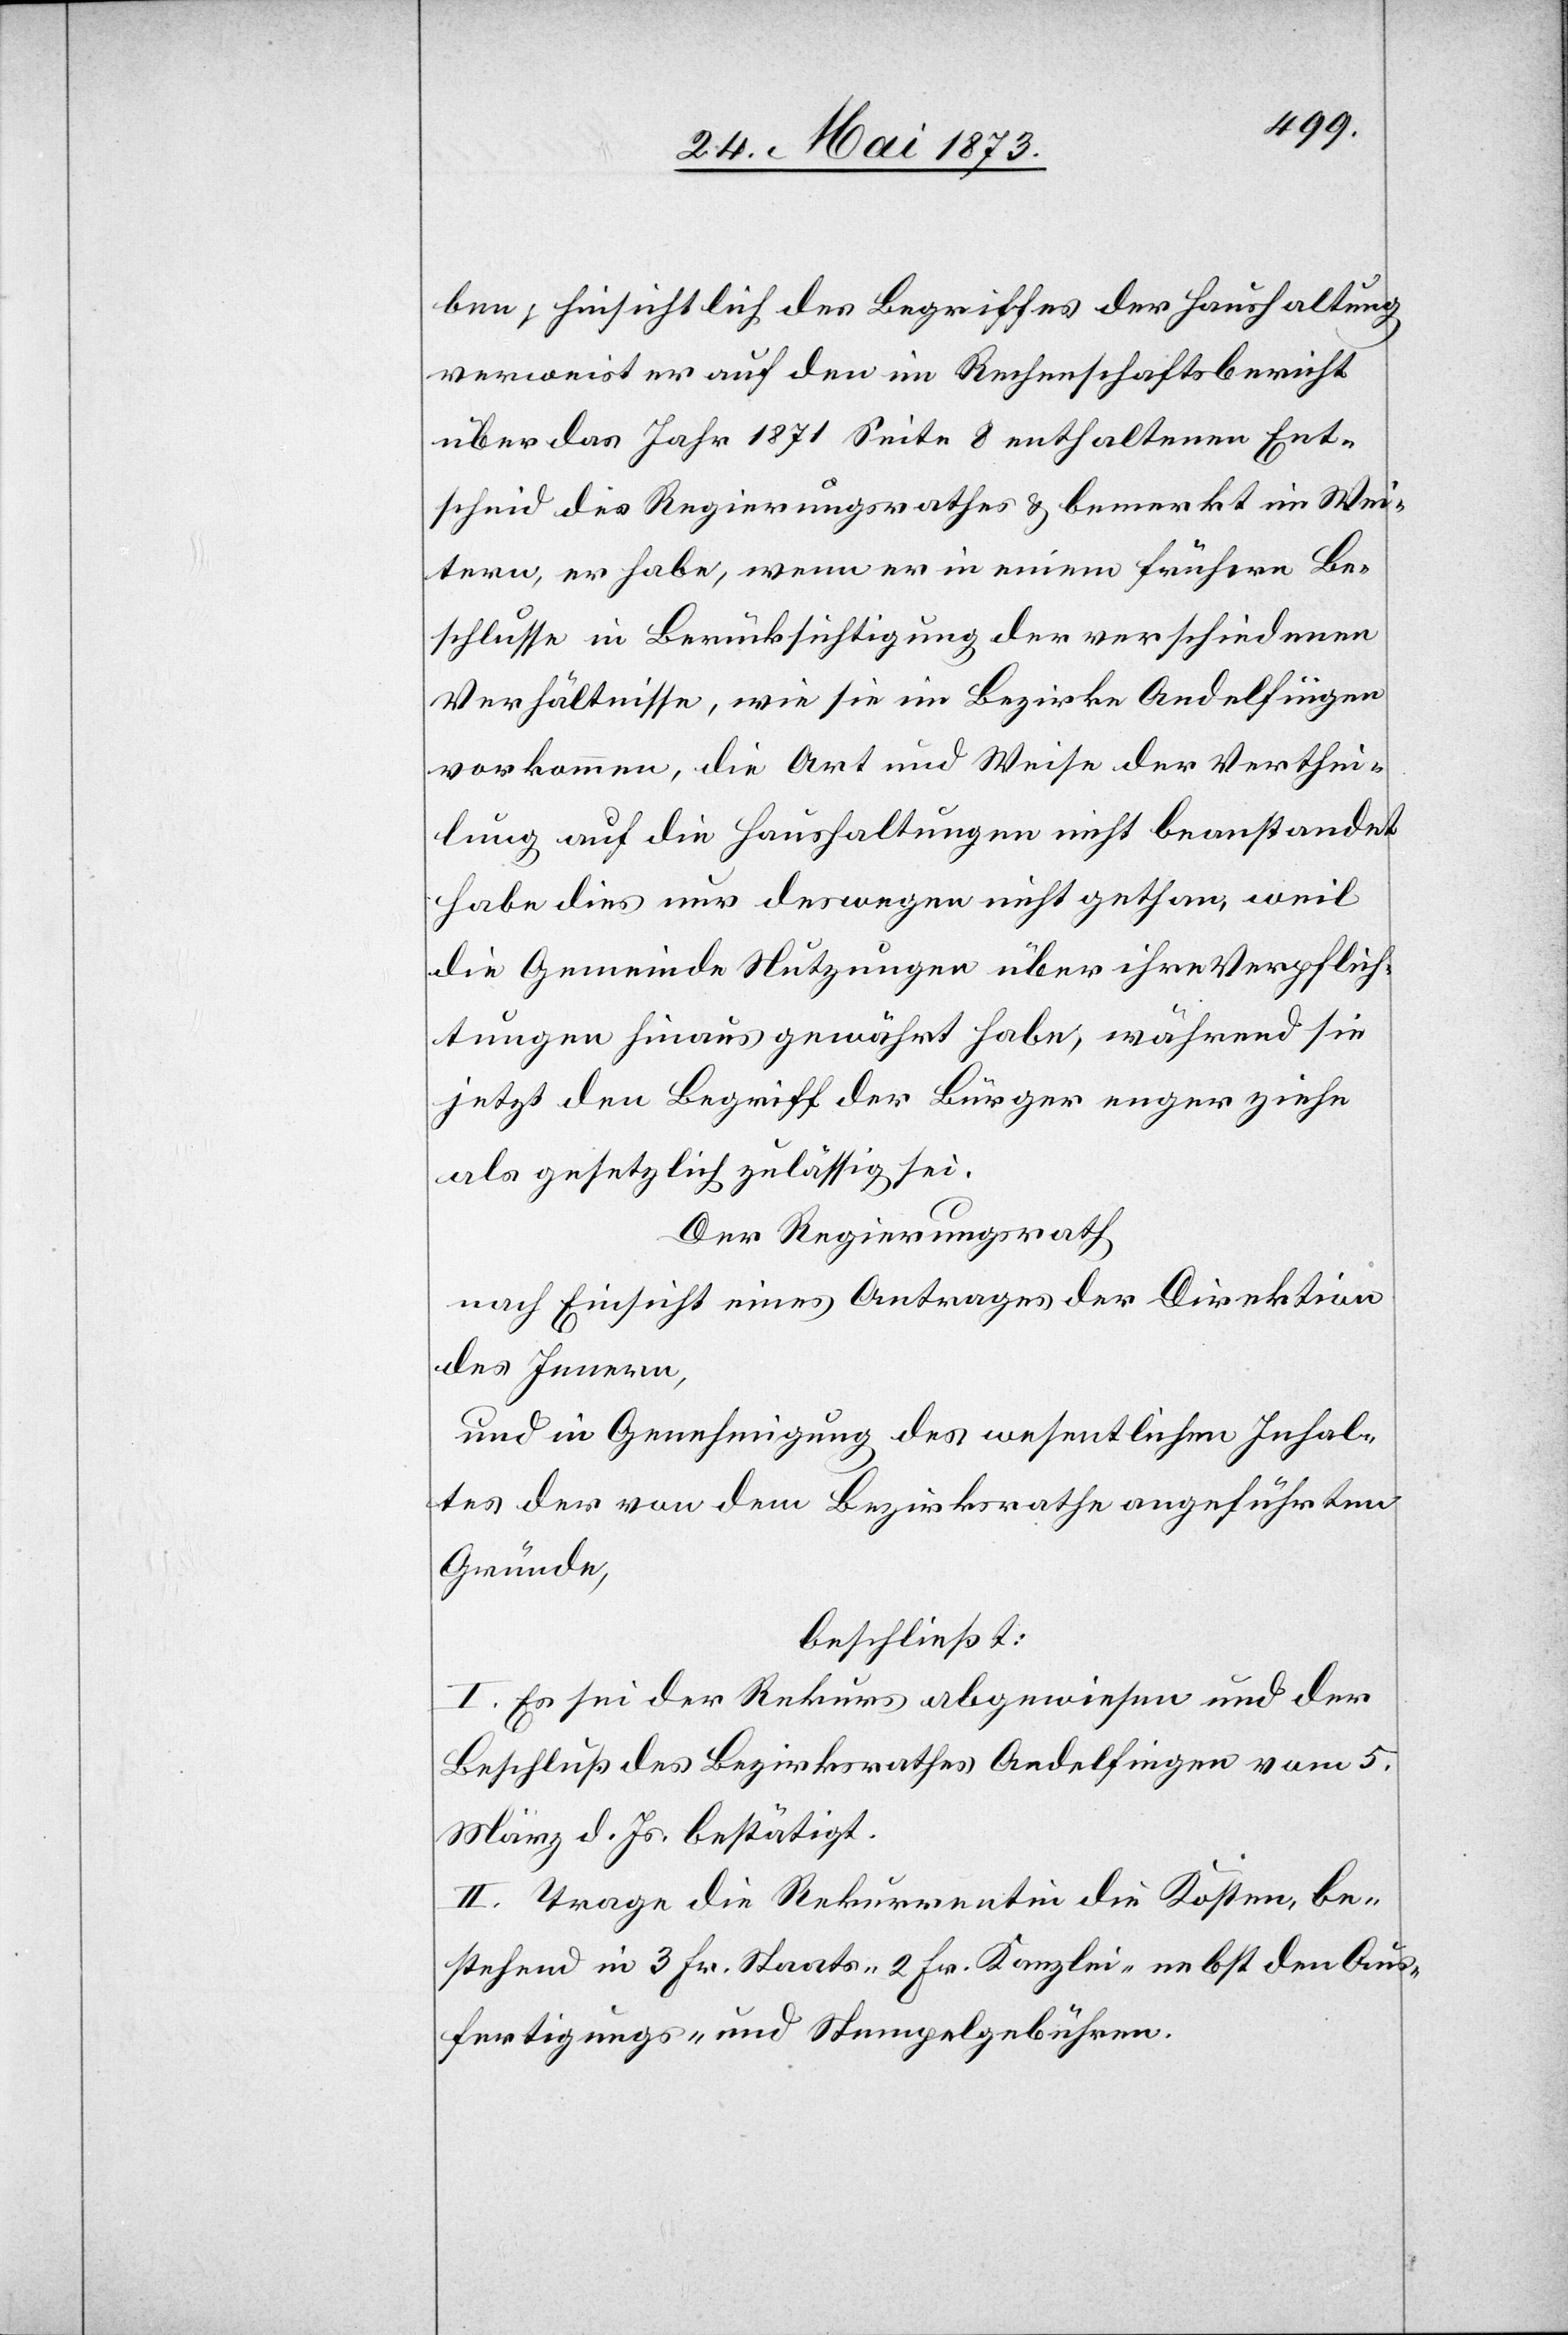
ben; hinsichtlich des Begriffes der Haushaltung
verweist er auf den im Rechenschaftsbericht
über das Jahr 1871 Seite 8 enthaltenen Ent¬
scheid des Regierungsrathes & bemerkt im Wei¬
tern, er habe, wenn er in einem frühern Be¬
schlusse in Berücksichtigung der verschiedenen
Verhältnisse, wie sie im Bezirke Andelfingen
vorkommen, die Art und Weise der Verthei¬
lung auf die Haushaltungen nicht beanstandet
habe dies nur deswegen nicht gethan, weil
die Gemeinde Nutzungen über ihre Verpflich¬
tungen hinaus gewährt habe, während sie
jetzt den Begriff der Bürger enger ziehe
als gesetzlich zulässig sei.
Der Regierungsrath
nach Einsicht eines Antrages der Direktion
des Innern,
und in Genehmigung des wesentlichen Inhal¬
tes der von dem Bezirksrathe angeführten
Gründe,
beschließt:
I. Es sei der Rekurs abgewiesen und der
Beschluß des Bezirksrathes Andelfingen vom 5.
März d. Js. bestätigt.
II. Trage die Rekurrentin die Kosten, be¬
stehend in 3 Fr. Staats- 2 Fr. Kanzlei- nebst den Aus¬
fertigungs- und Stempelgebühren.